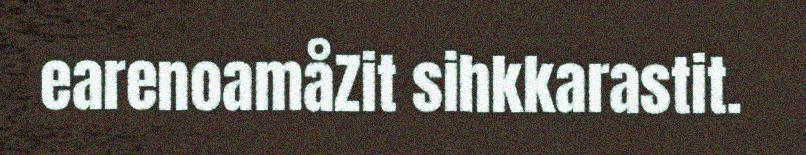
earenoamåZit sihkkarastit.